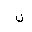
Letter: _non